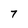
Character: 7